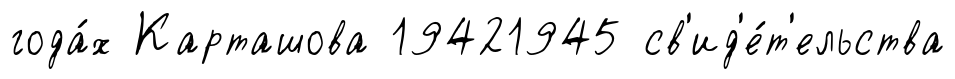
года́х Карташова 19421945 св'ид'е́т'ельства